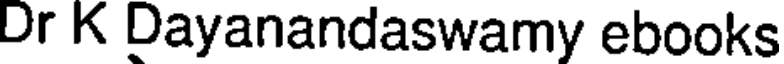
Dr K Dayanandaswamy ebooks